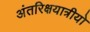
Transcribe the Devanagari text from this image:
अंतरिक्षयात्रीयो